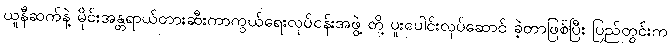
ယူနီဆက်နဲ့ မိုင်းအန္တရာယ်တားဆီးကာကွယ်ရေးလုပ်ငန်းအဖွဲ့ တို့ ပူးပေါင်းလုပ်ဆောင် ခဲ့တာဖြစ်ပြီး ပြည်တွင်းက